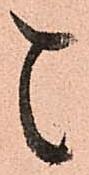
と